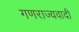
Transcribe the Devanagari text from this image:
गणराज्यवादी